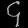
Digit: ၄